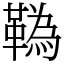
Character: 𩍇